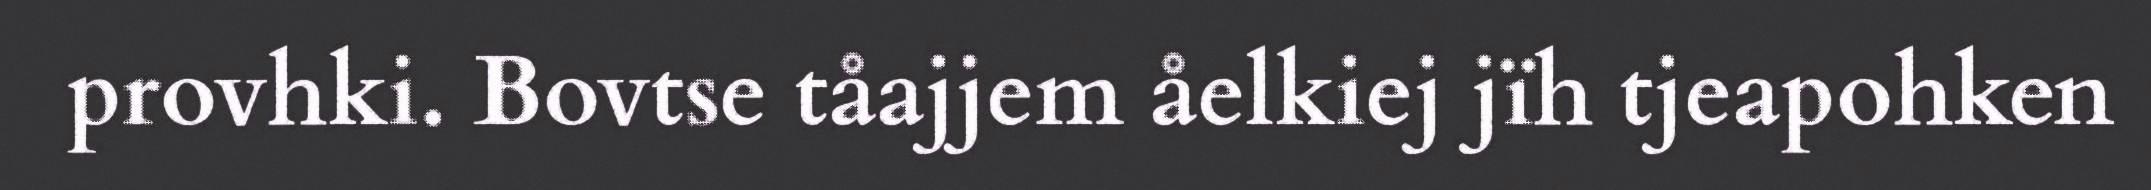
provhki. Bovtse tåajjem åelkiej jïh tjeapohken